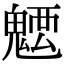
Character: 𩳭